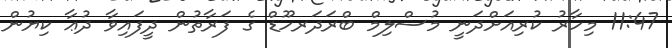
11:47 މިހާރު ކުރިއަށްދަނީ މުސްލިމް ބްރަދަރހޫޑް ގެ ފަރާތުން ދީފައިވާ ދުޢާ ކިޔުުން